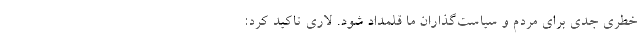
خطری جدی برای مردم و سیاست‌گذاران ما قلمداد شود. لاری تاکید کرد: